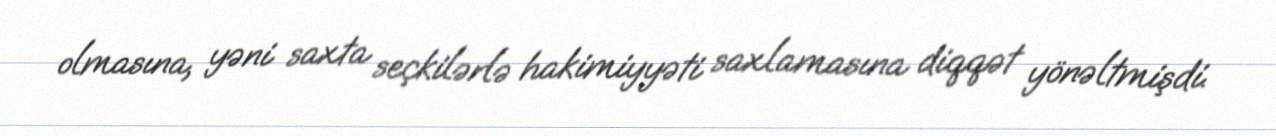
olmasına, yəni saxta seçkilərlə hakimiyyəti saxlamasına diqqət yönəltmişdi.